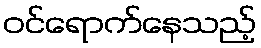
ဝင်ရောက်နေသည့်